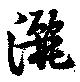
灑